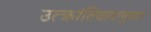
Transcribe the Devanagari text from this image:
उत्क्रांतिवादानुसार